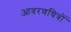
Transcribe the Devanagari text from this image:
आवरणचित्रों